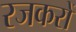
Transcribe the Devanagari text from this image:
रजकरों